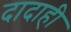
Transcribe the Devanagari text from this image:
दादाही